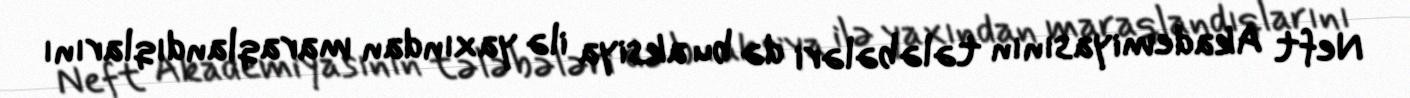
Neft Akademiyasının tələbələri də bu aksiya ilə yaxından maraqlandıqlarını